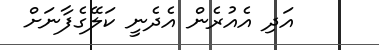
އަދި އެއުރެން އެދެނީ ކަލޭގެފާނަށް